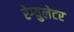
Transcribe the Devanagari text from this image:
रेग्युलेटर